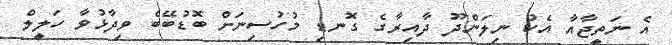
އެ ނަތީޖާއާ އެކު ނިލަންދޫ ދާއިރާގެ ގޮނޑި މުހުސިނަށް ބޮޑުބޭބެ ވިދާޅުވާ ހަލީލް